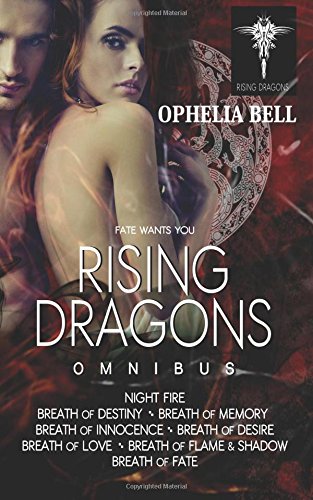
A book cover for Rising Dragons Omnibus; Ophelia Bell; Romance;